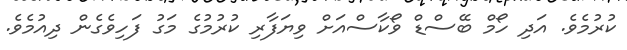
ކުރުމެވެ. އަދި ހޯމް ބޭސްޑް ވޯކާސްއަށް ވިޔަފާރި ކުރުމުގެ މަގު ފަހިވެގެން ދިއުމެވެ.